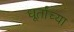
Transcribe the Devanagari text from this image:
धूर्तांच्या